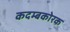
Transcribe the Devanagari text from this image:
कदम्बकोरक